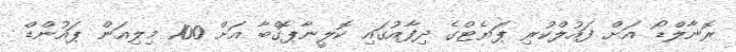
ރޮނާލްޑޯ އަށް ފައުލްކުރި ޕަޔެޓްގެ ދިފާއުގައި ކޮލީނާޕޮގްބާ އަށް 100 މިލިއަން ޕައުންޑް